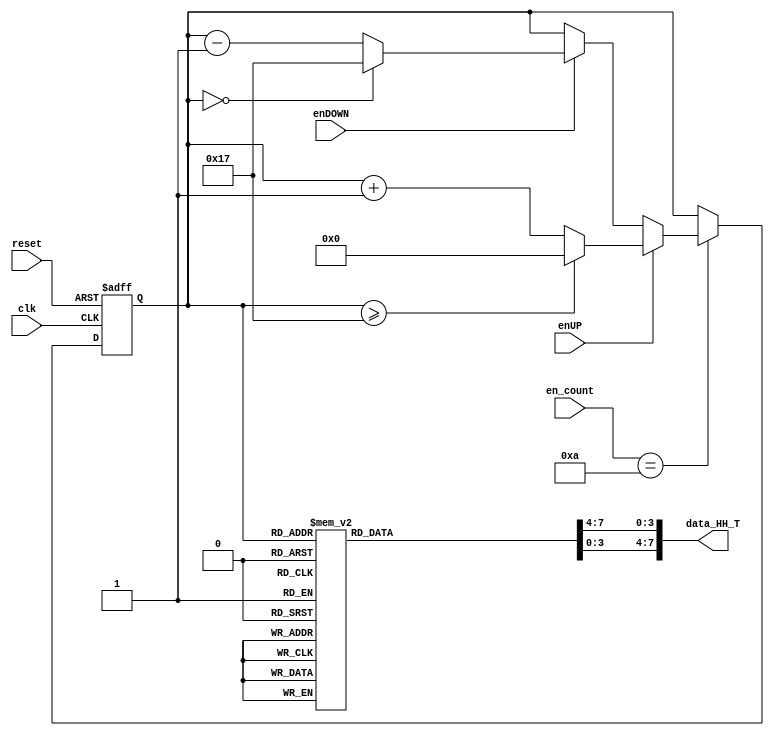
module contador_AD_HH_T_2dig
(
input wire clk,
input wire reset,
input wire [3:0] en_count,
input wire enUP,
input wire enDOWN,
output wire [7:0] data_HH_T
);

localparam N = 5; // Para definir el nmero de bits del contador (hasta 23->5 bits)
//Declaracin de seales
reg [N-1:0] q_act, q_next;
wire [N-1:0] count_data;
reg [3:0] digit1, digit0;

//Descripcin del comportamiento
always@(posedge clk, posedge reset)
begin	
	
	if(reset)
	begin
		q_act <= 5'b0;
	end
	
	else
	begin
		q_act <= q_next;
	end
end


//Lgica de salida

always@*
begin

	if (en_count == 10)
	begin
		if (enUP)
		begin
			if (q_act >= 5'd23) q_next = 5'd0;
			else q_next = q_act + 5'd1;
		end
		
		else if (enDOWN)
		begin
			if (q_act == 5'd0) q_next = 5'd23;
			else q_next = q_act - 5'd1;
		end
		else q_next = q_act;
	end
	else q_next = q_act;
	
end

assign count_data = q_act;

//Decodificacin BCD (2 dgitos)

always@*
begin
case(count_data)
5'd0: begin digit1 = 4'b0000; digit0 = 4'b0000; end
5'd1: begin digit1 = 4'b0000; digit0 = 4'b0001; end
5'd2: begin digit1 = 4'b0000; digit0 = 4'b0010; end
5'd3: begin digit1 = 4'b0000; digit0 = 4'b0011; end
5'd4: begin digit1 = 4'b0000; digit0 = 4'b0100; end
5'd5: begin digit1 = 4'b0000; digit0 = 4'b0101; end
5'd6: begin digit1 = 4'b0000; digit0 = 4'b0110; end
5'd7: begin digit1 = 4'b0000; digit0 = 4'b0111; end
5'd8: begin digit1 = 4'b0000; digit0 = 4'b1000; end
5'd9: begin digit1 = 4'b0000; digit0 = 4'b1001; end

5'd10: begin digit1 = 4'b0001; digit0 = 4'b0000; end
5'd11: begin digit1 = 4'b0001; digit0 = 4'b0001; end
5'd12: begin digit1 = 4'b0001; digit0 = 4'b0010; end
5'd13: begin digit1 = 4'b0001; digit0 = 4'b0011; end
5'd14: begin digit1 = 4'b0001; digit0 = 4'b0100; end
5'd15: begin digit1 = 4'b0001; digit0 = 4'b0101; end
5'd16: begin digit1 = 4'b0001; digit0 = 4'b0110; end
5'd17: begin digit1 = 4'b0001; digit0 = 4'b0111; end
5'd18: begin digit1 = 4'b0001; digit0 = 4'b1000; end
5'd19: begin digit1 = 4'b0001; digit0 = 4'b1001; end

5'd20: begin digit1 = 4'b0010; digit0 = 4'b0000; end
5'd21: begin digit1 = 4'b0010; digit0 = 4'b0001; end
5'd22: begin digit1 = 4'b0010; digit0 = 4'b0010; end
5'd23: begin digit1 = 4'b0010; digit0 = 4'b0011; end

default:  begin digit1 = 0; digit0 = 0; end
endcase
end

assign data_HH_T = {digit1,digit0};

endmodule